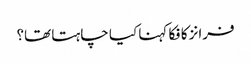
فرانز کافکا کہنا کیا چاہتا تھا؟